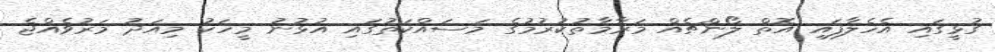
ގުޅީގައި އެހެލާފައި އޮތް ލޯންޗެއް މަރާމާތުކުރުމުގެ މަސައްކަތުގައި އުޅުނު މީހަކު މިއަދު މަރުވެއްޖެ